talulepingud_et, lk 3
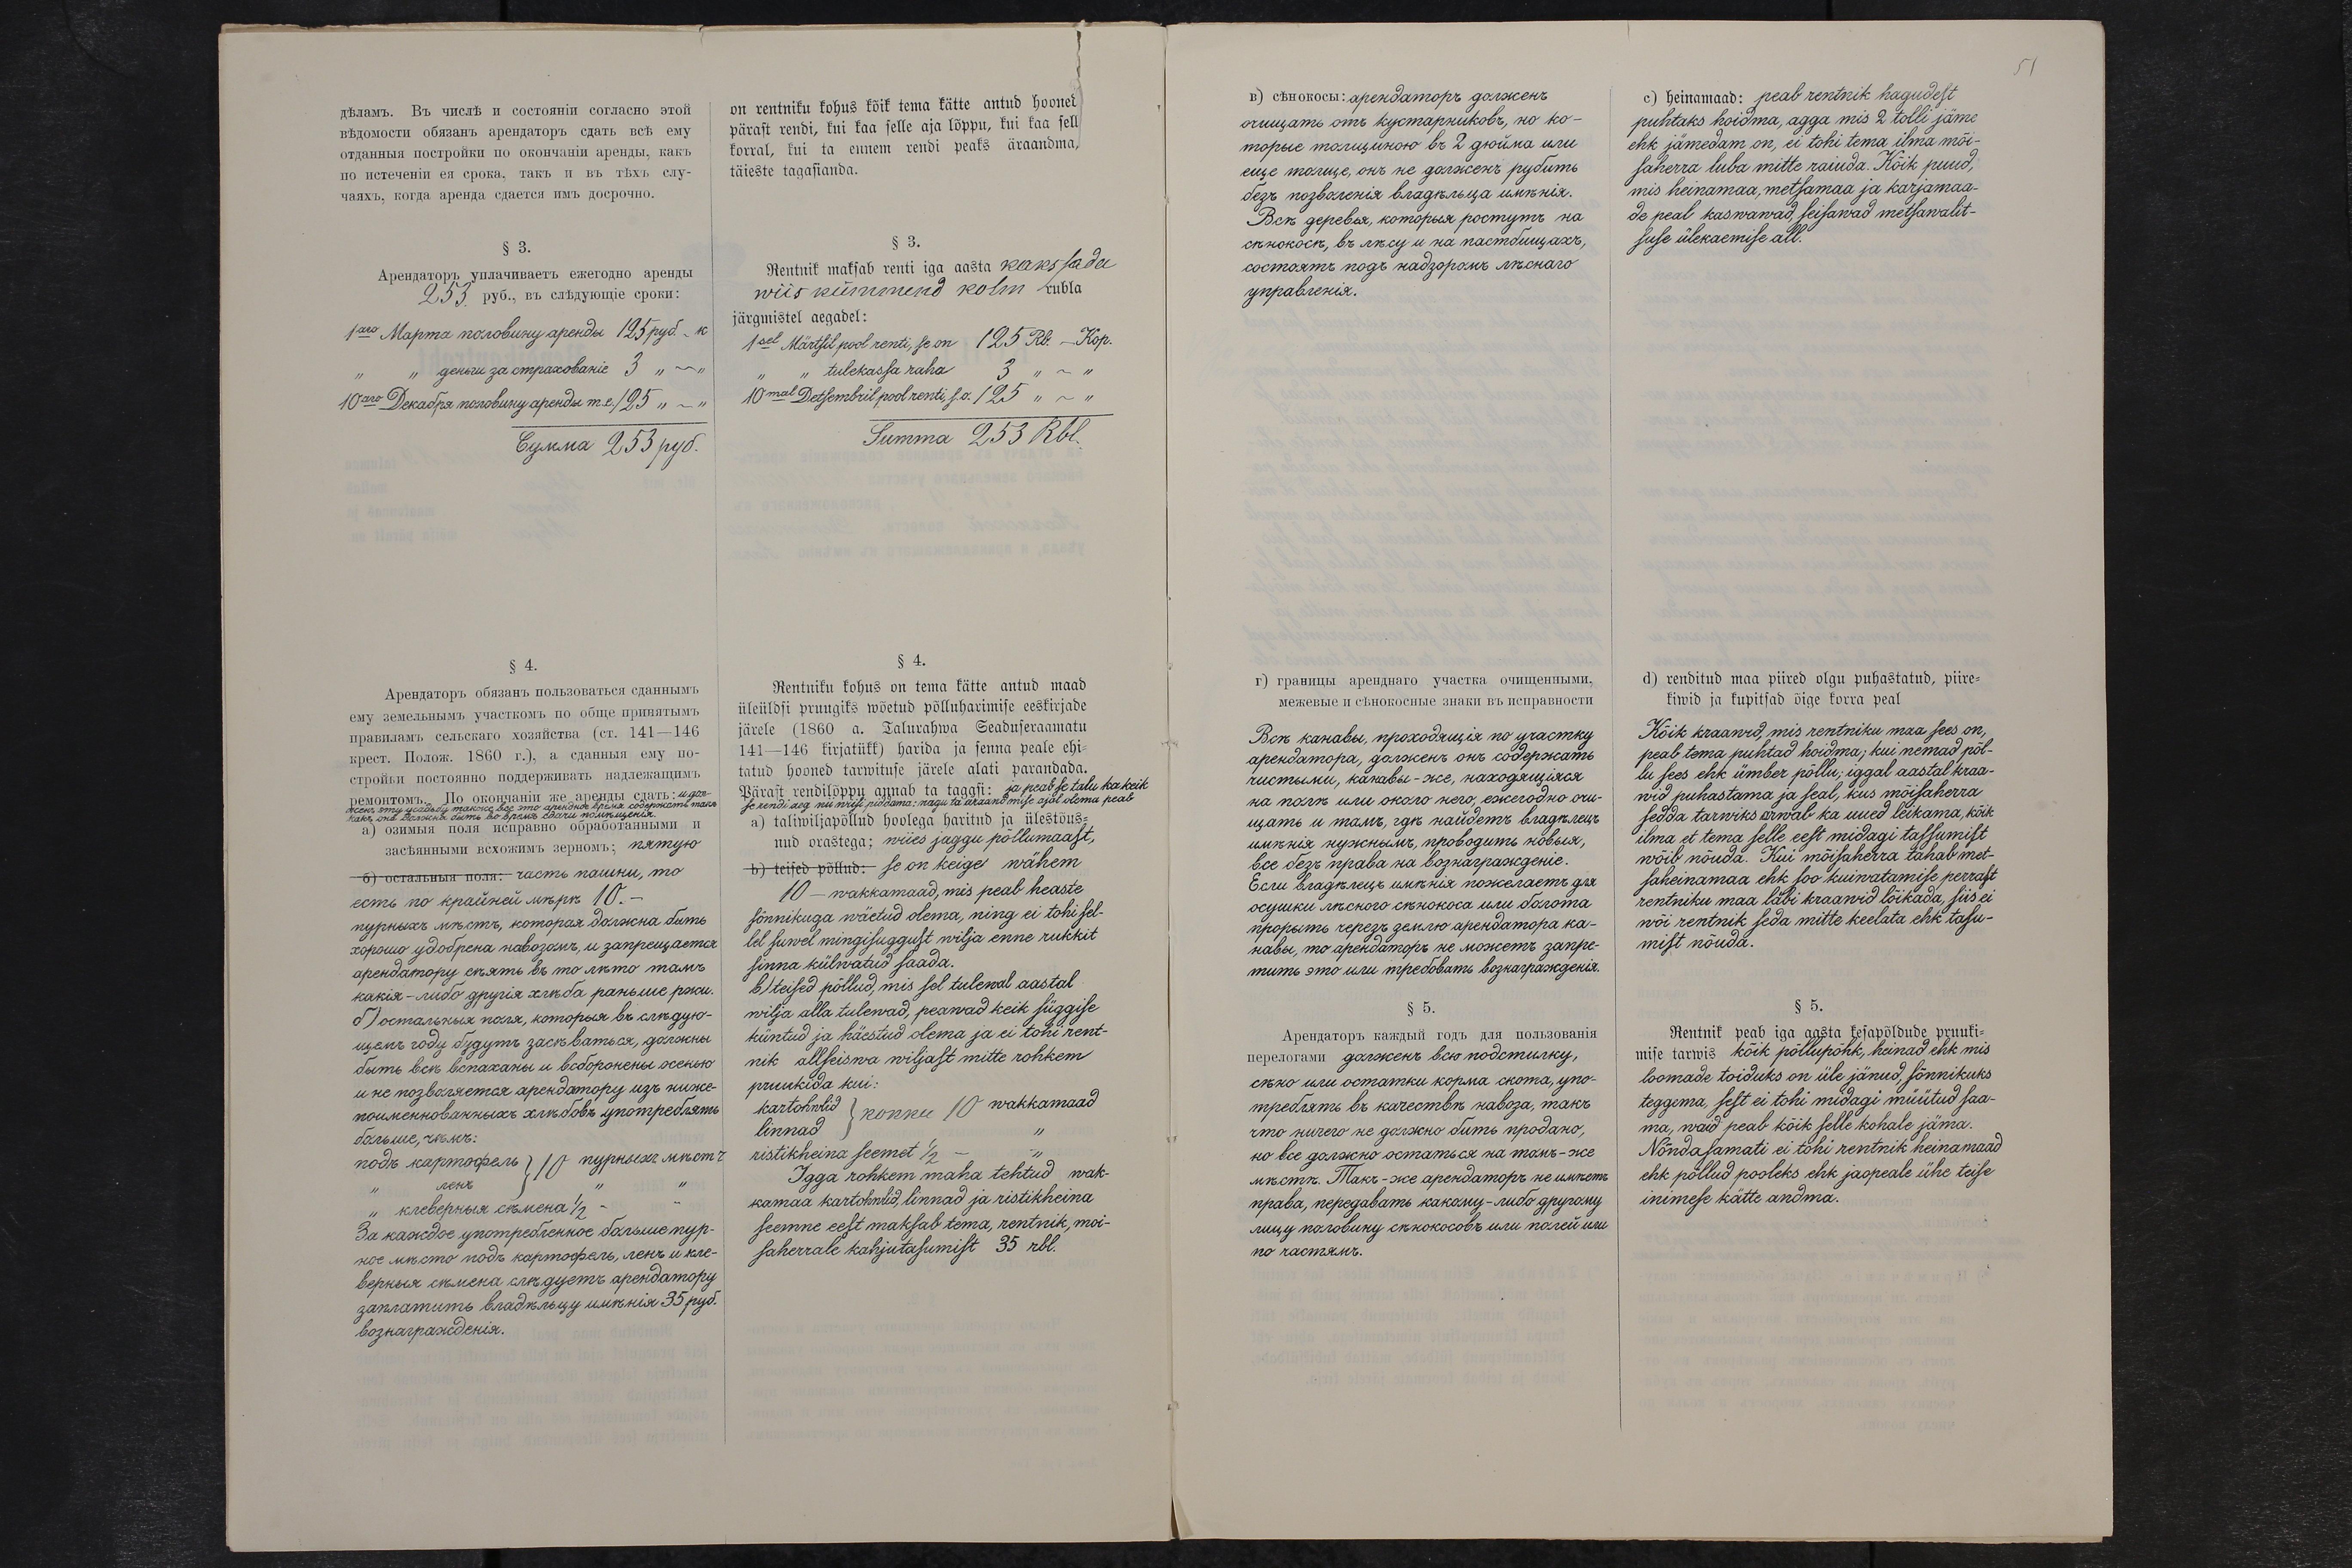
on rentniku kohus kõik tema kätte antud hooned
pärast rendi, kui kaa selle aja lõppu, ku kaa sell
korral, kui ta ennem rendi peaks äraandma,
täieste tagasianda.
§ 3.
Rentnik maksab renti iga aasta kakssada
wiis kümmend kolm rubla
järgmiste aegadel:
1sel Märtsil pool renti, se on 125 Rb. - Kop.
tulekassa raha 3 " - "
10mal Detsembril pool renti, s.o. 125 " - "
Summa 253 Rbl.
§ 4.
Rentniku kohus on tema kätte antud maad
üleüldsi pruugiks wõetud põlluharimise eeskirjade
järele (1860 a. Talurahwa Seaduseraamatu
141-146 kirjatükk) harida ja senna peale ehi-
tatud hooned tarwituse järele alati parandada.
Pärast rendilõppu annab ta tagasi: ja peab se talu ka keik
se rendi aeg nii wiisi piddama: nagu ta äraandmise ajal olema peab
a) taliwiljapõllud hoolega haritud ja ülestõus-
nud orastega; wiies jaggu põllumaast,
b) teised põllud: se on keige wähem
10 wakkamaad, mis peab heaste
sõnnikuga wäetud olema, ning ei tohi sel-
lel suwel mingisuggust wilja enne rukkit
sinna külwatud saada.
b) teised põllud, mis sel tulewal aastal
wilja alla tulewad, peawad keik süggise
küntud ja häestud olema ja ei tohi rent-
nik allseiswa wiljast mitte rohkem
pruukida kui:
kartohwlid kokku 10 wakkamaad
linnad
ristikheina seemet ½
Igga rohkem maha tehtud wak-
kamaa kartohwlid, linnad ja ristikheina
seemne eest maksab tema, rentnik, moi-
saherrale kahjutasumist 35 rbl.

c) heinamaad: peab rentnik hagudest
puhtaks hoidma, agga mis 2 tolli jäme
ehk jämedam on, ei tohi tema ilma mõi-
saherra luba mitte raiuda. Kõik puud,
mis heinamaa, metsamaa ja karjamaa-
de peal kaswawad, seisawad metsawalit-
sise ülekaemise all.
d)renditud maa piired olgu puhtastatud, piire-
kiwid ja kupitsad õige korra peal
Kõik kraawid, mis rentniku maa sees on,
peab tema puhtad hoidma; kui nemad põl-
lu sees ehk ümber põllu; iggal aastal kraa-
wid puhastama ja seal, kus mõisaherra
sedda tarwiks arwab ka uued leikama, kõik
ilma et tema selle eest midagi tassumist
wõib nõuda. Kui mõisaherra tahab met.
saheinamaa ehk soo kuiwatamise perrast
rentniku maa läbi kraawid lõikada, siis ei
wõi rentnik seda mitte keelata ehk tasu-
mist nõuda.
§ 5.
Rentnik peab iga aasta kesapõldude pruuki-
mise taewis kõik põllupõhk, heinad ehk mis
loomade toiduks on üle jänud, sõnnikuks
teggema, sest ei tohi midagi müütud saa-
ma, waid peab kõik selle kohale jäma.
Nõndasamati ei tohi rentnik heinamaad
ehk põllud pooleks ehk jaopeale ühe teise
inimese kätte andma.